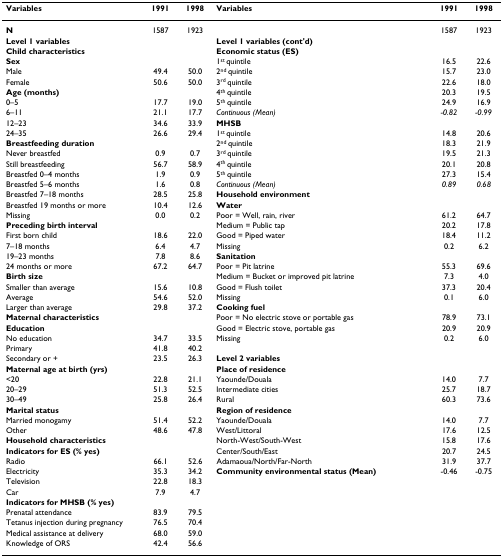
<table><thead><tr><td><b>Variables</b></td><td><b>1991</b></td><td><b>1998</b></td><td><b>Variables</b></td><td><b>1991</b></td><td><b>1998</b></td></tr></thead><tbody><tr><td><b>N</b></td><td>1587</td><td>1923</td><td></td><td>1587</td><td>1923</td></tr><tr><td><b>Level 1 variables</b></td><td></td><td></td><td><b>Level 1 variables (cont&#x27;d)</b></td><td></td><td></td></tr><tr><td><b>Child characteristics</b></td><td></td><td></td><td><b>Economic status (ES)</b></td><td></td><td></td></tr><tr><td><b>Sex</b></td><td></td><td></td><td>1<sup>st </sup>quintile</td><td>16.5</td><td>22.6</td></tr><tr><td>Male</td><td>49.4</td><td>50.0</td><td>2<sup>nd </sup>quintile</td><td>15.7</td><td>23.0</td></tr><tr><td>Female</td><td>50.6</td><td>50.0</td><td>3<sup>rd </sup>quintile</td><td>22.6</td><td>18.0</td></tr><tr><td><b>Age (months)</b></td><td></td><td></td><td>4<sup>th </sup>quintile</td><td>20.3</td><td>19.5</td></tr><tr><td>0–5</td><td>17.7</td><td>19.0</td><td>5<sup>th </sup>quintile</td><td>24.9</td><td>16.9</td></tr><tr><td>6–11</td><td>21.1</td><td>17.7</td><td><i>Continuous (Mean)</i></td><td><i>-0.82</i></td><td><i>-0.99</i></td></tr><tr><td>12–23</td><td>34.6</td><td>33.9</td><td><b>MHSB</b></td><td></td><td></td></tr><tr><td>24–35</td><td>26.6</td><td>29.4</td><td>1<sup>st </sup>quintile</td><td>14.8</td><td>20.6</td></tr><tr><td><b>Breastfeeding duration </b></td><td></td><td></td><td>2<sup>nd </sup>quintile</td><td>18.3</td><td>21.9</td></tr><tr><td>Never breastfed</td><td>0.9</td><td>0.7</td><td>3<sup>rd </sup>quintile</td><td>19.5</td><td>21.3</td></tr><tr><td>Still breastfeeding</td><td>56.7</td><td>58.9</td><td>4<sup>th </sup>quintile</td><td>20.1</td><td>20.8</td></tr><tr><td>Breastfed 0–4 months</td><td>1.9</td><td>0.9</td><td>5<sup>th </sup>quintile</td><td>27.3</td><td>15.4</td></tr><tr><td>Breastfed 5–6 months</td><td>1.6</td><td>0.8</td><td><i>Continuous (Mean)</i></td><td><i>0.89</i></td><td><i>0.68</i></td></tr><tr><td>Breastfed 7–18 months</td><td>28.5</td><td>25.8</td><td><b>Household environment</b></td><td></td><td></td></tr><tr><td>Breastfed 19 months or more</td><td>10.4</td><td>12.6</td><td><b>Water</b></td><td></td><td></td></tr><tr><td>Missing</td><td>0.0</td><td>0.2</td><td>Poor = Well, rain, river</td><td>61.2</td><td>64.7</td></tr><tr><td><b>Preceding birth interval</b></td><td></td><td></td><td>Medium = Public tap</td><td>20.2</td><td>17.8</td></tr><tr><td>First born child</td><td>18.6</td><td>22.0</td><td>Good = Piped water</td><td>18.4</td><td>11.2</td></tr><tr><td>7–18 months</td><td>6.4</td><td>4.7</td><td>Missing</td><td>0.2</td><td>6.2</td></tr><tr><td>19–23 months</td><td>7.8</td><td>8.6</td><td><b>Sanitation</b></td><td></td><td></td></tr><tr><td>24 months or more</td><td>67.2</td><td>64.7</td><td>Poor = Pit latrine</td><td>55.3</td><td>69.6</td></tr><tr><td><b>Birth size</b></td><td></td><td></td><td>Medium = Bucket or improved pit latrine</td><td>7.3</td><td>4.0</td></tr><tr><td>Smaller than average</td><td>15.6</td><td>10.8</td><td>Good = Flush toilet</td><td>37.3</td><td>20.4</td></tr><tr><td>Average</td><td>54.6</td><td>52.0</td><td>Missing</td><td>0.1</td><td>6.0</td></tr><tr><td>Larger than average</td><td>29.8</td><td>37.2</td><td><b>Cooking fuel</b></td><td></td><td></td></tr><tr><td><b>Maternal characteristics</b></td><td></td><td></td><td>Poor = No electric stove or portable gas</td><td>78.9</td><td>73.1</td></tr><tr><td><b>Education</b></td><td></td><td></td><td>Good = Electric stove, portable gas</td><td>20.9</td><td>20.9</td></tr><tr><td>No education</td><td>34.7</td><td>33.5</td><td>Missing</td><td>0.2</td><td>6.0</td></tr><tr><td>Primary</td><td>41.8</td><td>40.2</td><td></td><td></td><td></td></tr><tr><td>Secondary or +</td><td>23.5</td><td>26.3</td><td><b>Level 2 variables</b></td><td></td><td></td></tr><tr><td><b>Maternal age at birth (yrs)</b></td><td></td><td></td><td><b>Place of residence</b></td><td></td><td></td></tr><tr><td>&lt;20</td><td>22.8</td><td>21.1</td><td>Yaounde/Douala</td><td>14.0</td><td>7.7</td></tr><tr><td>20–29</td><td>51.3</td><td>52.5</td><td>Intermediate cities</td><td>25.7</td><td>18.7</td></tr><tr><td>30–49</td><td>25.8</td><td>26.4</td><td>Rural</td><td>60.3</td><td>73.6</td></tr><tr><td><b>Marital status</b></td><td></td><td></td><td><b>Region of residence</b></td><td></td><td></td></tr><tr><td>Married monogamy</td><td>51.4</td><td>52.2</td><td>Yaounde/Douala</td><td>14.0</td><td>7.7</td></tr><tr><td>Other</td><td>48.6</td><td>47.8</td><td>West/Littoral</td><td>17.6</td><td>12.5</td></tr><tr><td><b>Household characteristics</b></td><td></td><td></td><td>North-West/South-West</td><td>15.8</td><td>17.6</td></tr><tr><td><b>Indicators for ES (% yes)</b></td><td></td><td></td><td>Center/South/East</td><td>20.7</td><td>24.5</td></tr><tr><td>Radio</td><td>66.1</td><td>52.6</td><td>Adamaoua/North/Far-North</td><td>31.9</td><td>37.7</td></tr><tr><td>Electricity</td><td>35.3</td><td>34.2</td><td><b>Community environmental status (Mean) </b></td><td>-0.46</td><td>-0.75</td></tr><tr><td>Television</td><td>22.8</td><td>18.3</td><td></td><td></td><td></td></tr><tr><td>Car</td><td>7.9</td><td>4.7</td><td></td><td></td><td></td></tr><tr><td><b>Indicators for MHSB (% yes)</b></td><td></td><td></td><td></td><td></td><td></td></tr><tr><td>Prenatal attendance</td><td>83.9</td><td>79.5</td><td></td><td></td><td></td></tr><tr><td>Tetanus injection during pregnancy</td><td>76.5</td><td>70.4</td><td></td><td></td><td></td></tr><tr><td>Medical assistance at delivery</td><td>68.0</td><td>59.0</td><td></td><td></td><td></td></tr><tr><td>Knowledge of ORS</td><td>42.4</td><td>56.6</td><td></td><td></td><td></td></tr></tbody></table>